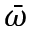
\bar { \omega }